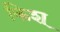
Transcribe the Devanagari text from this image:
किश्